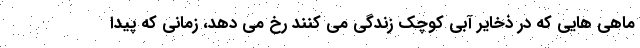
ماهی هایی که در ذخایر آبی کوچک زندگی می کنند رخ می دهد، زمانی که پیدا